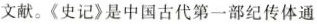
文献。《史记》是中国古代第一部纪传体通